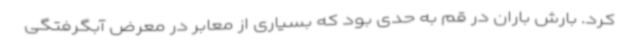
کرد. بارش باران در قم به حدی بود که بسیاری از معابر در معرض آبگرفتگی